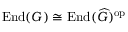
{ \mathrm { E n d } } ( G ) \cong { \mathrm { E n d } } ( { \widehat { G } } ) ^ { \mathrm { o p } }